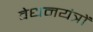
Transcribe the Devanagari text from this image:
वेधनयंत्रों